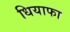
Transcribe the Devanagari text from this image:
धियाफा